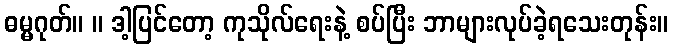
ဓမ္မဂုတ်။ ။ ဒါ့ပြင်တော့ ကုသိုလ်ရေးနဲ့ စပ်ပြီး ဘာများလုပ်ခဲ့ရသေးတုန်း။